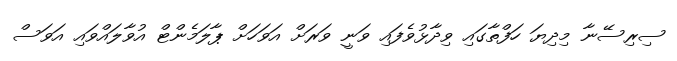
ސިރިސޭނާ މިދިޔަ ހަފްތާގައި ވިދާޅުވެފައި ވަނީ ވަރަށް އަވަހަށް ޕާލަމެންޓް އުވާލައްވައި އަވަސް